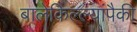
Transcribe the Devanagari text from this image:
बालेकिल्ल्यांपैकी